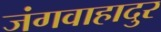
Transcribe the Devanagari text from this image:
जंगवाहादुर